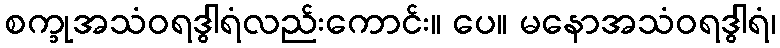
စက္ခုအသံဝရဒွါရံလည်းကောင်း။ ပေ။ မနောအသံဝရဒွါရံ၊